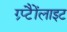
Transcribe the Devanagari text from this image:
ग्र्प्टैैोंलाइट